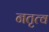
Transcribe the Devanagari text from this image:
नतृत्व